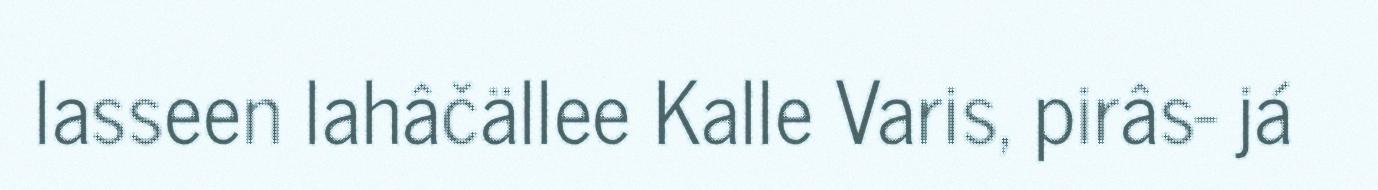
lasseen lahâčällee Kalle Varis, pirâs- já